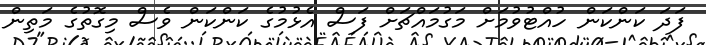
ފަދަ ކަންކަން ހުއްޓުވުމަށް މަގުމައްޗަށް ފަސް އެޅުމުގެ ކަންކަން ވެސް މިގޮތުގެ މަތިން